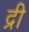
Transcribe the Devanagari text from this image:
द्री